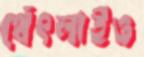
থেঁৎলাইও